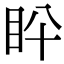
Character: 𥄖